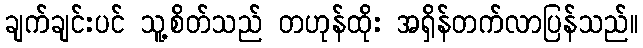
ချက်ချင်းပင် သူ့စိတ်သည် တဟုန်ထိုး အရှိန်တက်လာပြန်သည်။